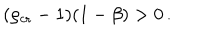
( \rho _ { \mathrm { c r } } - 1 ) ( 1 - \beta ) > 0 \, .